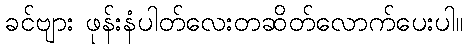
ခင်ဗျား ဖုန်းနံပါတ်လေးတဆိတ်လောက်ပေးပါ။